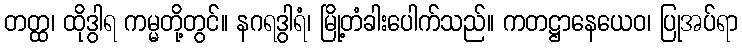
တတ္ထ၊ ထိုဒွါရ ကမ္မတို့တွင်။ နဂရဒွါရံ၊ မြို့တံခါးပေါက်သည်။ ကတဋ္ဌာနေယေဝ၊ ပြုအပ်ရာ